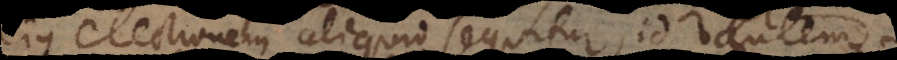
ejus electionem aliquid sequitur, id autem